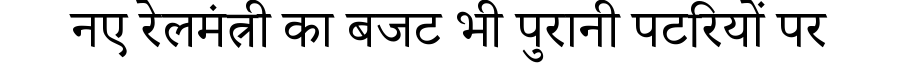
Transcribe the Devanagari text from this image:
नए रेलमंत्री का बजट भी पुरानी पटरियों पर